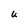
Character: U